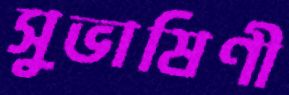
সুভাষিণী